Civil Veterinary Department Bihar reports 1940-50 - 1940-1950
Year: 1940
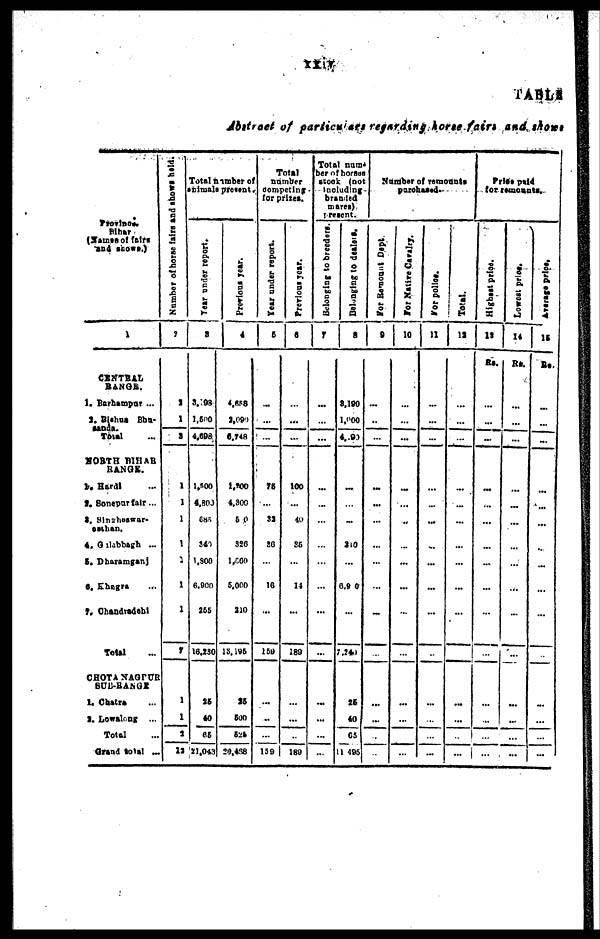
TABLE
Abstract of particulars regarding horse fairs and shows
Province
Bihar
(Names of fairs
and shows.)
1
CENTRAL
RANGE.
1. Barhampur ...
2. Rishua Bhu-
Sanda.
Total ...
NORTH BIHAR
RANGE.
1. Hardi ...
2. Sonepur fair ...
3. Sinaheswar-
asthan.
4. Gilabbagh ...
S. Dharamgani
6. Khagra ...
7. Chandradehi
Total ...
CHOTA NAGPUR
SUB-RANGE
1. Chatra ...
3. Lowalong ...
Total ...
Grand total ...
Number of horse fairs and shows held.
2
2
1
3
1
1
1
1
2
1
1
7
1
1
1
13
Total number of
animals present.
Year
under report.
3
3,198
1,500
4,698
l,500
4,800
685
340
1,900
6,900
255
16,230
25
40
65
21,043
Previous year.
4
4,658
2,091
6,748
1,200
4,800
6 0
320
1,000
6,000
310
13,195
25
500
525
20,438
Total
number
competing
for prizes.
Year under report.
5
...
...
...
78
...
33
36
...
16
...
159
...
..
...
159 |
Previous year.
6
...
...
...
100
...
40
86
...
14
...
189
...
...
...
180
Total num
ber of horses
stock (not
Including
branded
mares)
present.
Belonging to breeders.
7
...
...
...
...
...
...
...
...
...
...
...
...
...
...
Belonging to dealers.
8
8,160
1,000
4, 90
...
...
...
3.0
...
6, 8 0
...
7,240
25
40
65
11,495
Number of remounts
purchased-
For Remount Dept.
9
...
...
...
...
...
...
...
...
...
...
...
...
...
...
...
For Native Cavalry.
10
...
...
...
...
...
...
...
...
...
...
...
...
...
...
...
For police.
11
...
...
...
...
...
...
...
...
...
...
...
...
...
...
...
Total.
12
...
...
...
...
...
...
...
...
...
...
...
...
...
..
...
Price paid
for remounts.
Highest price.
13
Rs.
...
...
...
...
...
...
...
...
...
...
...
...
...
...
...
Lowest price.
14
Rs.
...
...
...
...
...
...
...
...
...
...
...
...
...
...
...
Average price.
15
Rs.
...
...
...
...
...
...
..
...
...
...
...
...
...
...
...